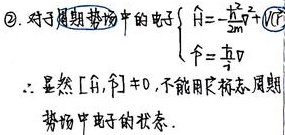
\textcircled{2}. 对于周期势场中的电子
\(\begin{cases}\hat{H}=-\frac{\hbar^{2}}{2m}\nabla^{2}+V(\vec{r})\\\hat{p}=\mathrm{i}\hbar\nabla\end{cases}\)
\(\therefore\) 显然\([\hat{H},\hat{p}]\neq0\)，不能用\(\hat{p}\)标志周期势场中电子的状态.